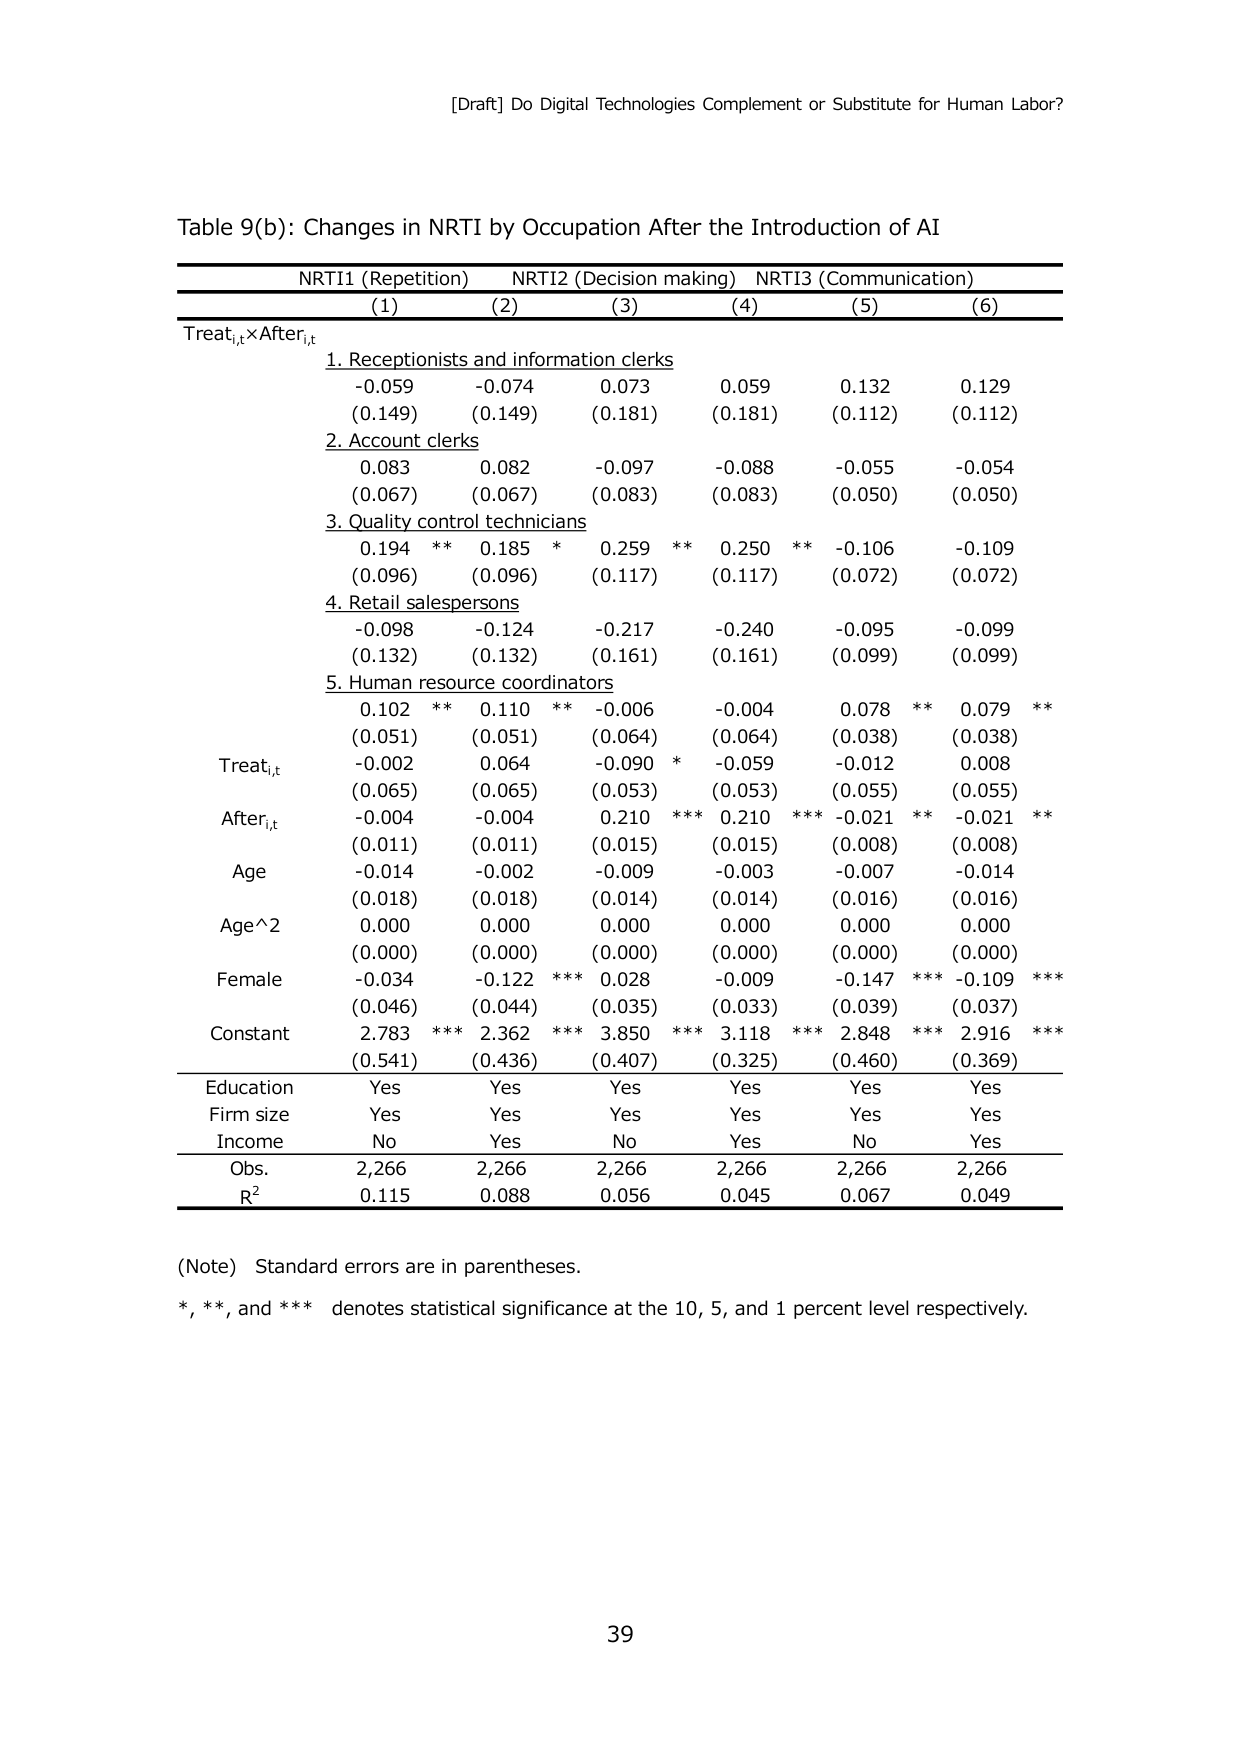
[Draft] Do Digital Technologies Complement or Substitute for Human Labor?

Table 9(b): Changes in NRTI by Occupation After the Introduction of AI

NRTI1 (Repetition)     NRTI2 (Decision making)     NRTI3 (Communication)
(1)                   (2)                         (3)                   (4)                   (5)                   (6)

Treat_i,t × After_i,t

1. Receptionists and information clerks
   -0.059               -0.074                      0.073                 0.059                 0.132                 0.129
   (0.149)              (0.149)                     (0.181)               (0.181)               (0.112)               (0.112)

2. Account clerks
   0.083                0.082                       -0.097                -0.088                -0.055                -0.054
   (0.067)              (0.067)                     (0.083)               (0.083)               (0.050)               (0.050)

3. Quality control technicians
   0.194 **             0.185 *                     0.259 **              0.250 **              -0.106                -0.109
   (0.096)              (0.096)                     (0.117)               (0.117)               (0.072)               (0.072)

4. Retail salespersons
   -0.098               -0.124                      -0.217                -0.240                -0.095                -0.099
   (0.132)              (0.132)                     (0.161)               (0.161)               (0.099)               (0.099)

5. Human resource coordinators
   0.102 **             0.110 **                    -0.006                -0.004                0.078 **              0.079 **
   (0.051)              (0.051)                     (0.064)               (0.064)               (0.038)               (0.038)

Treat_i,t
   -0.002               0.064                       -0.090 *              -0.059                -0.012                0.008
   (0.065)              (0.065)                     (0.053)               (0.053)               (0.055)               (0.055)

After_i,t
   -0.004               -0.004                      0.210 ***             0.210 ***             -0.021 **             -0.021 **
   (0.011)              (0.011)                     (0.015)               (0.015)               (0.008)               (0.008)

Age
   -0.014               -0.002                      -0.009                -0.003                -0.007                -0.014
   (0.018)              (0.018)                     (0.014)               (0.014)               (0.016)               (0.016)

Age^2
   0.000                0.000                       0.000                 0.000                 0.000                 0.000
   (0.000)              (0.000)                     (0.000)               (0.000)               (0.000)               (0.000)

Female
   -0.034               -0.122 ***                  0.028                 -0.009                -0.147 ***            -0.109 ***
   (0.046)              (0.044)                     (0.035)               (0.033)               (0.039)               (0.037)

Constant
   2.783 ***            2.362 ***                   3.850 ***             3.118 ***             2.848 ***             2.916 ***
   (0.541)              (0.436)                     (0.407)               (0.325)               (0.460)               (0.369)

Education             Yes                           Yes                   Yes                   Yes                   Yes                   Yes
Firm size             Yes                           Yes                   Yes                   Yes                   Yes                   Yes
Income                No                            Yes                   No                    Yes                   No                    Yes

Obs.                  2,266                         2,266                 2,266                 2,266                 2,266                 2,266
R²                    0.115                         0.088                 0.056                 0.045                 0.067                 0.049

(Note) Standard errors are in parentheses.
*, **, and *** denotes statistical significance at the 10, 5, and 1 percent level respectively.

39